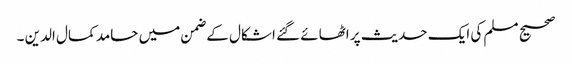
صحیح مسلم کی ایک حدیث پر اٹھائے گئے اشکال کے ضمن میں حامد کمال الدین ۔